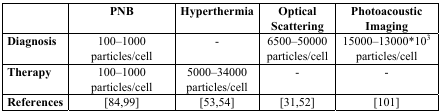
<table><thead><tr><td></td><td><b>PNB</b></td><td><b>Hyperthermia</b></td><td><b>Optical Scattering</b></td><td><b>Photoacoustic Imaging</b></td></tr></thead><tbody><tr><td><b>Diagnosis</b></td><td>100–1000 particles/cell</td><td>-</td><td>6500–50000 particles/cell</td><td>15000–13000*10<sup>3</sup> particles/cell</td></tr><tr><td><b>Therapy</b></td><td>100–1000 particles/cell</td><td>5000–34000 particles/cell</td><td>-</td><td>-</td></tr><tr><td><b>References</b></td><td>[84,99]</td><td>[53,54]</td><td>[31,52]</td><td>[101]</td></tr></tbody></table>